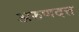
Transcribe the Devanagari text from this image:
अरुणदत्त